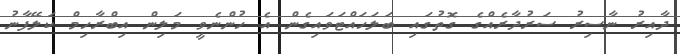
ދާއިރު ނާސިރު ސަރުދާރެއްގެ ގޮތުގައި ބަލަހައްޓަވައިގެން އެ ހުންނެވީ މަލިން އިބްރާހިމް ކަލޭފާނު